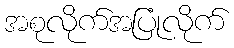
အစုလိုက်အပြုံလိုက်